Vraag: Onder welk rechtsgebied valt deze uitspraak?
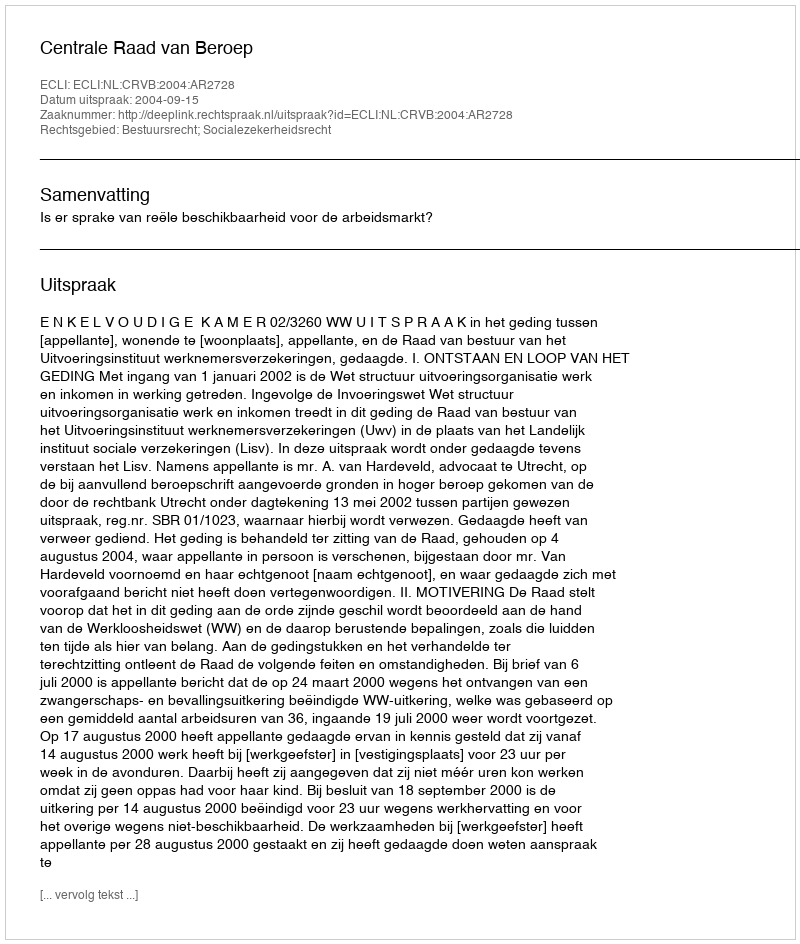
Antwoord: Bestuursrecht; Socialezekerheidsrecht